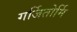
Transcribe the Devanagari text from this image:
गर्जितोर्मि